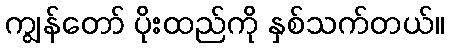
ကျွန်တော် ပိုးထည်ကို နှစ်သက်တယ်။